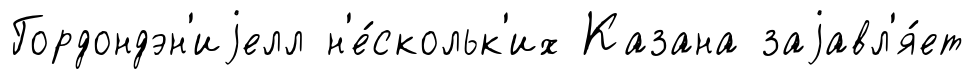
Гордондэн'иjелл н'е́скольк'их Казана заjавл'я́ет